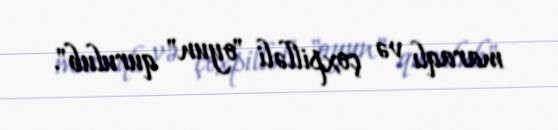
maraqlı və çoxpilləli "oyun" qurulub".